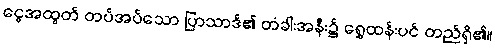
ငွေအထွတ် တပ်အပ်သော ပြာသာဒ်၏ တံခါးအနီး၌ ရွှေထန်းပင် တည်ရှိ၏။